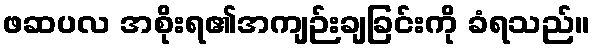
ဖဆပလ အစိုးရ၏အကျဉ်းချခြင်းကို ခံရသည်။